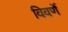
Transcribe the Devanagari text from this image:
विवर्णे